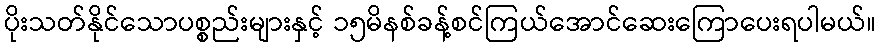
ပိုးသတ်နိုင်သောပစ္စည်းများနှင့် ၁၅မိနစ်ခန့်စင်ကြယ်အောင်ဆေးကြောပေးရပါမယ်။